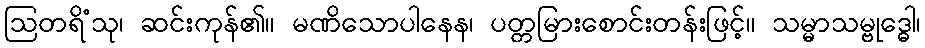
ဩတရိံသု၊ ဆင်းကုန်၏။ မဏိသောပါနေန၊ ပတ္တမြားစောင်းတန်းဖြင့်။ သမ္မာသမ္ဗုဒ္ဓေါ၊